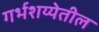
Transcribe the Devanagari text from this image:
गर्भशय्येतील